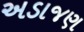
અડાજણ